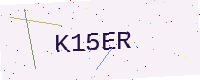
Text: K15ER